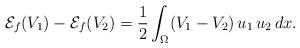
LaTeX: \begin{align*}\mathcal{E}_f(V_1)-\mathcal{E}_f(V_2)=\frac{1}{2}\int_\Omega (V_1-V_2)\,u_1\,u_2\,dx.\end{align*}